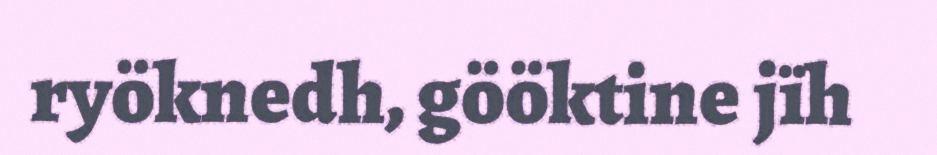
ryöknedh, gööktine jïh